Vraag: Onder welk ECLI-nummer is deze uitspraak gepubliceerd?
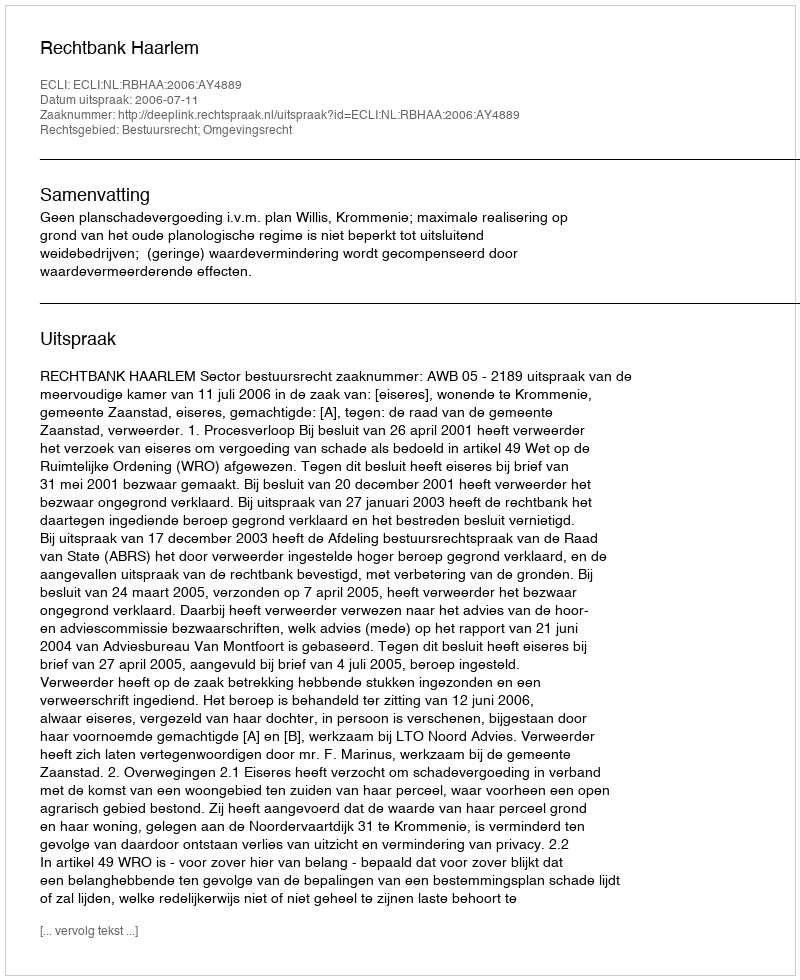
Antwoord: ECLI:NL:RBHAA:2006:AY4889